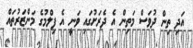
އަދި ތިން ދުވަސް މަތިން އެ ދެރަށުގައި ވަނީ އެ ފިލްމުގެ މަންޒަރުތައް